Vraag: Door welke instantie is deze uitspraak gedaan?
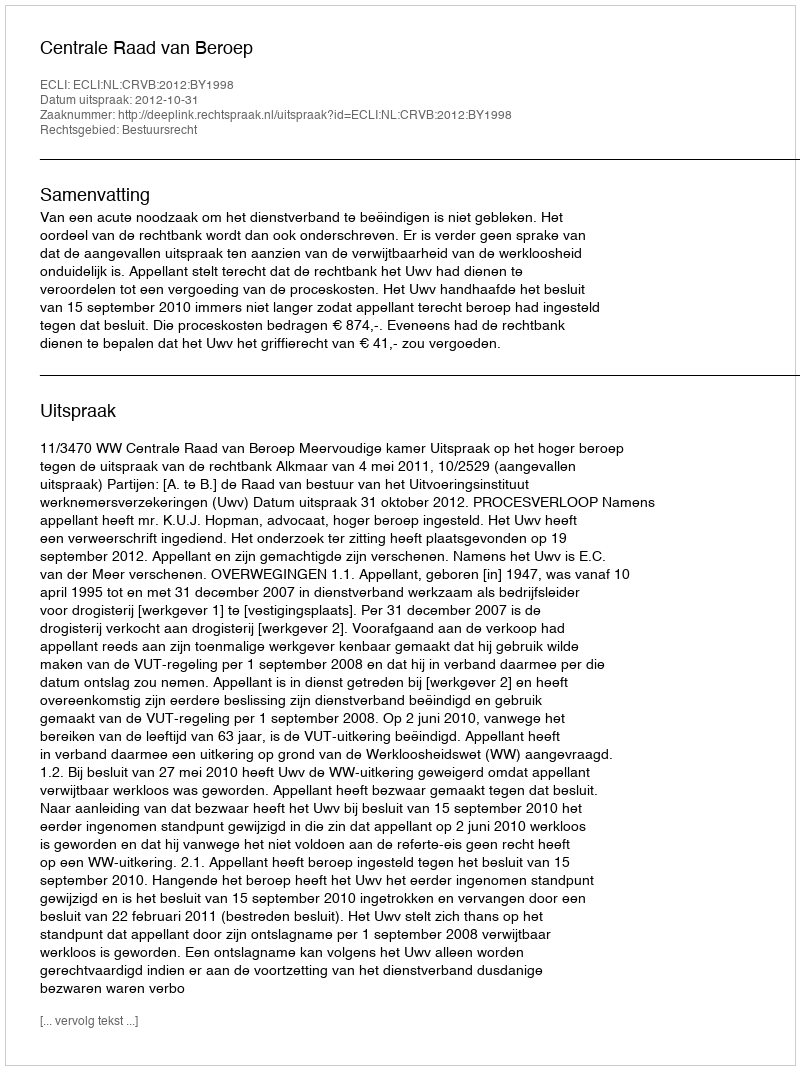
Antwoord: Centrale Raad van Beroep